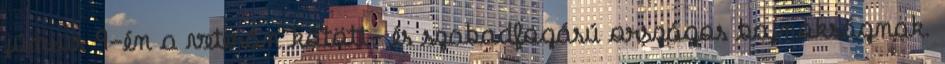
június 9-én a veterán kötött- és szabadfogású országos bajnokságnak.